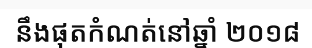
នឹងផុតកំណត់នៅឆ្នាំ ២០១៨